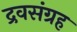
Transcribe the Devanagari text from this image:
द्रवसंग्रह